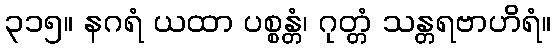
၃၁၅။ နဂရံ ယထာ ပစ္စန္တံ၊ ဂုတ္တံ သန္တရဗာဟိရံ။